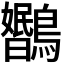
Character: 𬷳